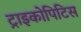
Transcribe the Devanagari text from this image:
ट्राइकोपिटिस